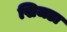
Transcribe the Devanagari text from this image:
खिजडा